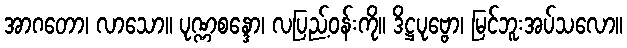
အာဂတော၊ လာသော။ ပုဏ္ဏစန္ဒော၊ လပြည့်ဝန်းကို။ ဒိဋ္ဌပုဗ္ဗော၊ မြင်ဘူးအပ်သလော။